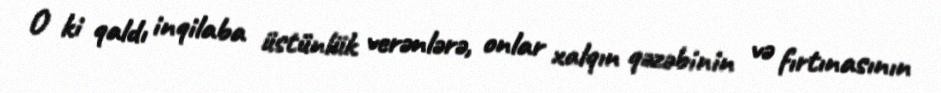
O ki qaldı inqilaba üstünlük verənlərə, onlar xalqın qəzəbinin və fırtınasının